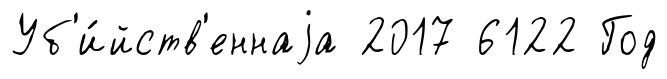
Уб'и́йств'еннаjа 2017 6122 Год